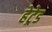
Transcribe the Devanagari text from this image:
हेट्रेड